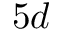
5 d